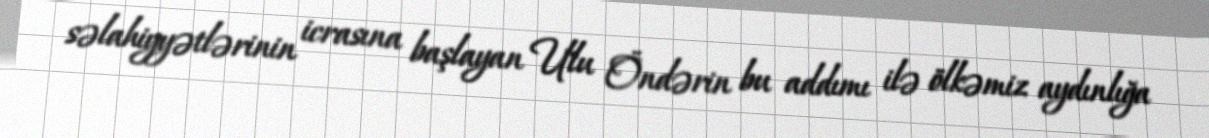
səlahiyyətlərinin icrasına başlayan Ulu Öndərin bu addımı ilə ölkəmiz aydınlığa